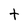
Character: t